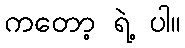
ကတော့ ရဲ့ ပါ။